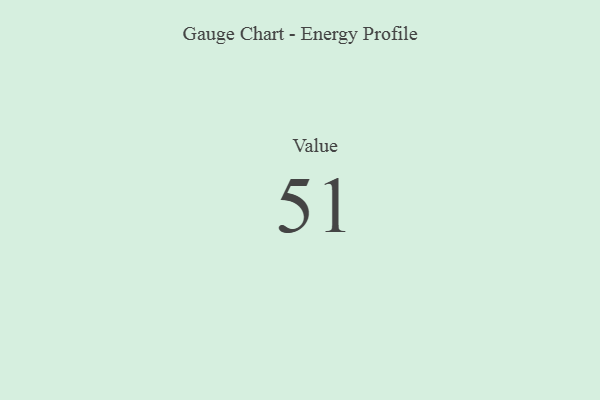
{"axis": {"x": "Metric", "y": "Value"}, "legend": [""], "data": [{"x": "Value", "y": 51, "type": ""}]}